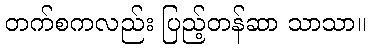
တက်စကလည်း ပြည့်တန်ဆာ သာသာ။